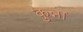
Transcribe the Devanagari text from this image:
कुन्ना